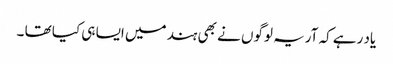
یاد رہے کہ آریہ لوگوں نے بھی ہند میں ایسا ہی کیا تھا ۔